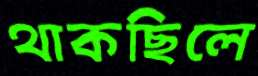
থাকছিলে